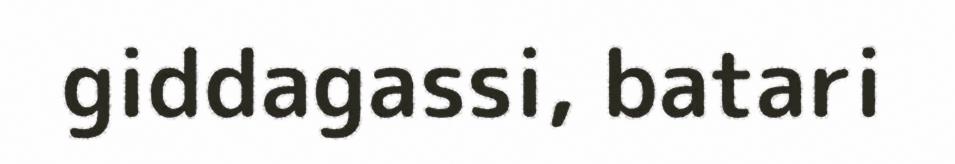
giddagassi, batari